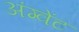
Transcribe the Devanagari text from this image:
अंग्वेंट